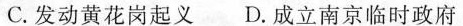
C.发动黄花岗起义 D.成立南京临时政府